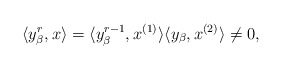
\begin{align*}\langle y_{\beta}^{r}, x \rangle =\langle y_{\beta}^{r-1}, x^{(1)} \rangle \langle y_{\beta}, x^{(2)} \rangle \neq 0,\end{align*}